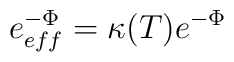
e^{-\Phi}_{eff}=\kappa(T) e^{-\Phi}